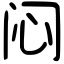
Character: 闷